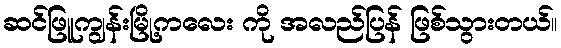
ဆင်ဖြူကျွန်းမြို့ကလေး ကို အလည်ပြန် ဖြစ်သွားတယ်။